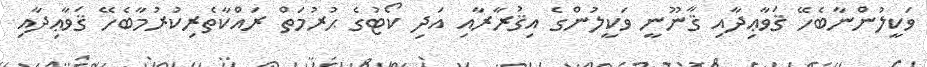
ވަކީލުންނާބެހޭ ޤަވާޢިދާއި ޤާނޫނީ ވަކީލުންގެ އިޤުރާރާއި އަދި ކޯޓުގެ ޙުރުމަތް ރައްކާތެރިކުރުމާބެހޭ ޤަވާޢިދާއި